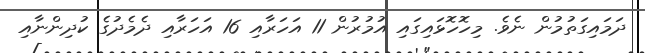
ދަމައިގަތުމުން ނެވެ. މިހޮހޮޅައިގައި އުމުރުން 11 އަހަރާއި 16 އަހަރާއި ދެމެދުގެ ކުދިންނާއި